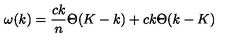
\omega ( k ) = { \frac { c k } { n } } \Theta ( K - k ) + c k \Theta ( k - K )